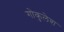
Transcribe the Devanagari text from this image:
गोकुलेश